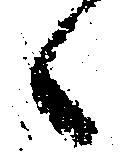
候